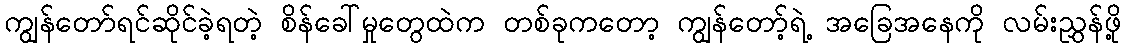
ကျွန်တော်ရင်ဆိုင်ခဲ့ရတဲ့ စိန်ခေါ်မှုတွေထဲက တစ်ခုကတော့ ကျွန်တော့်ရဲ့ အခြေအနေကို လမ်းညွှန်ဖို့